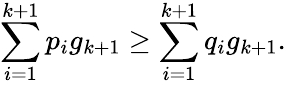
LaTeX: \sum_{i=1}^{k+1}p_{i}g_{k+1}\geq\sum_{i=1}^{k+1}q_{i}g_{k+1}.